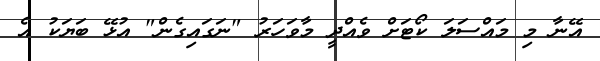
އޭނާ މި މައްސަލަ ކޯޓަށް ވެއްދީ މާވަހަރު "ނަގައިގެން" އުޅޭ ބަޔަކު އެ